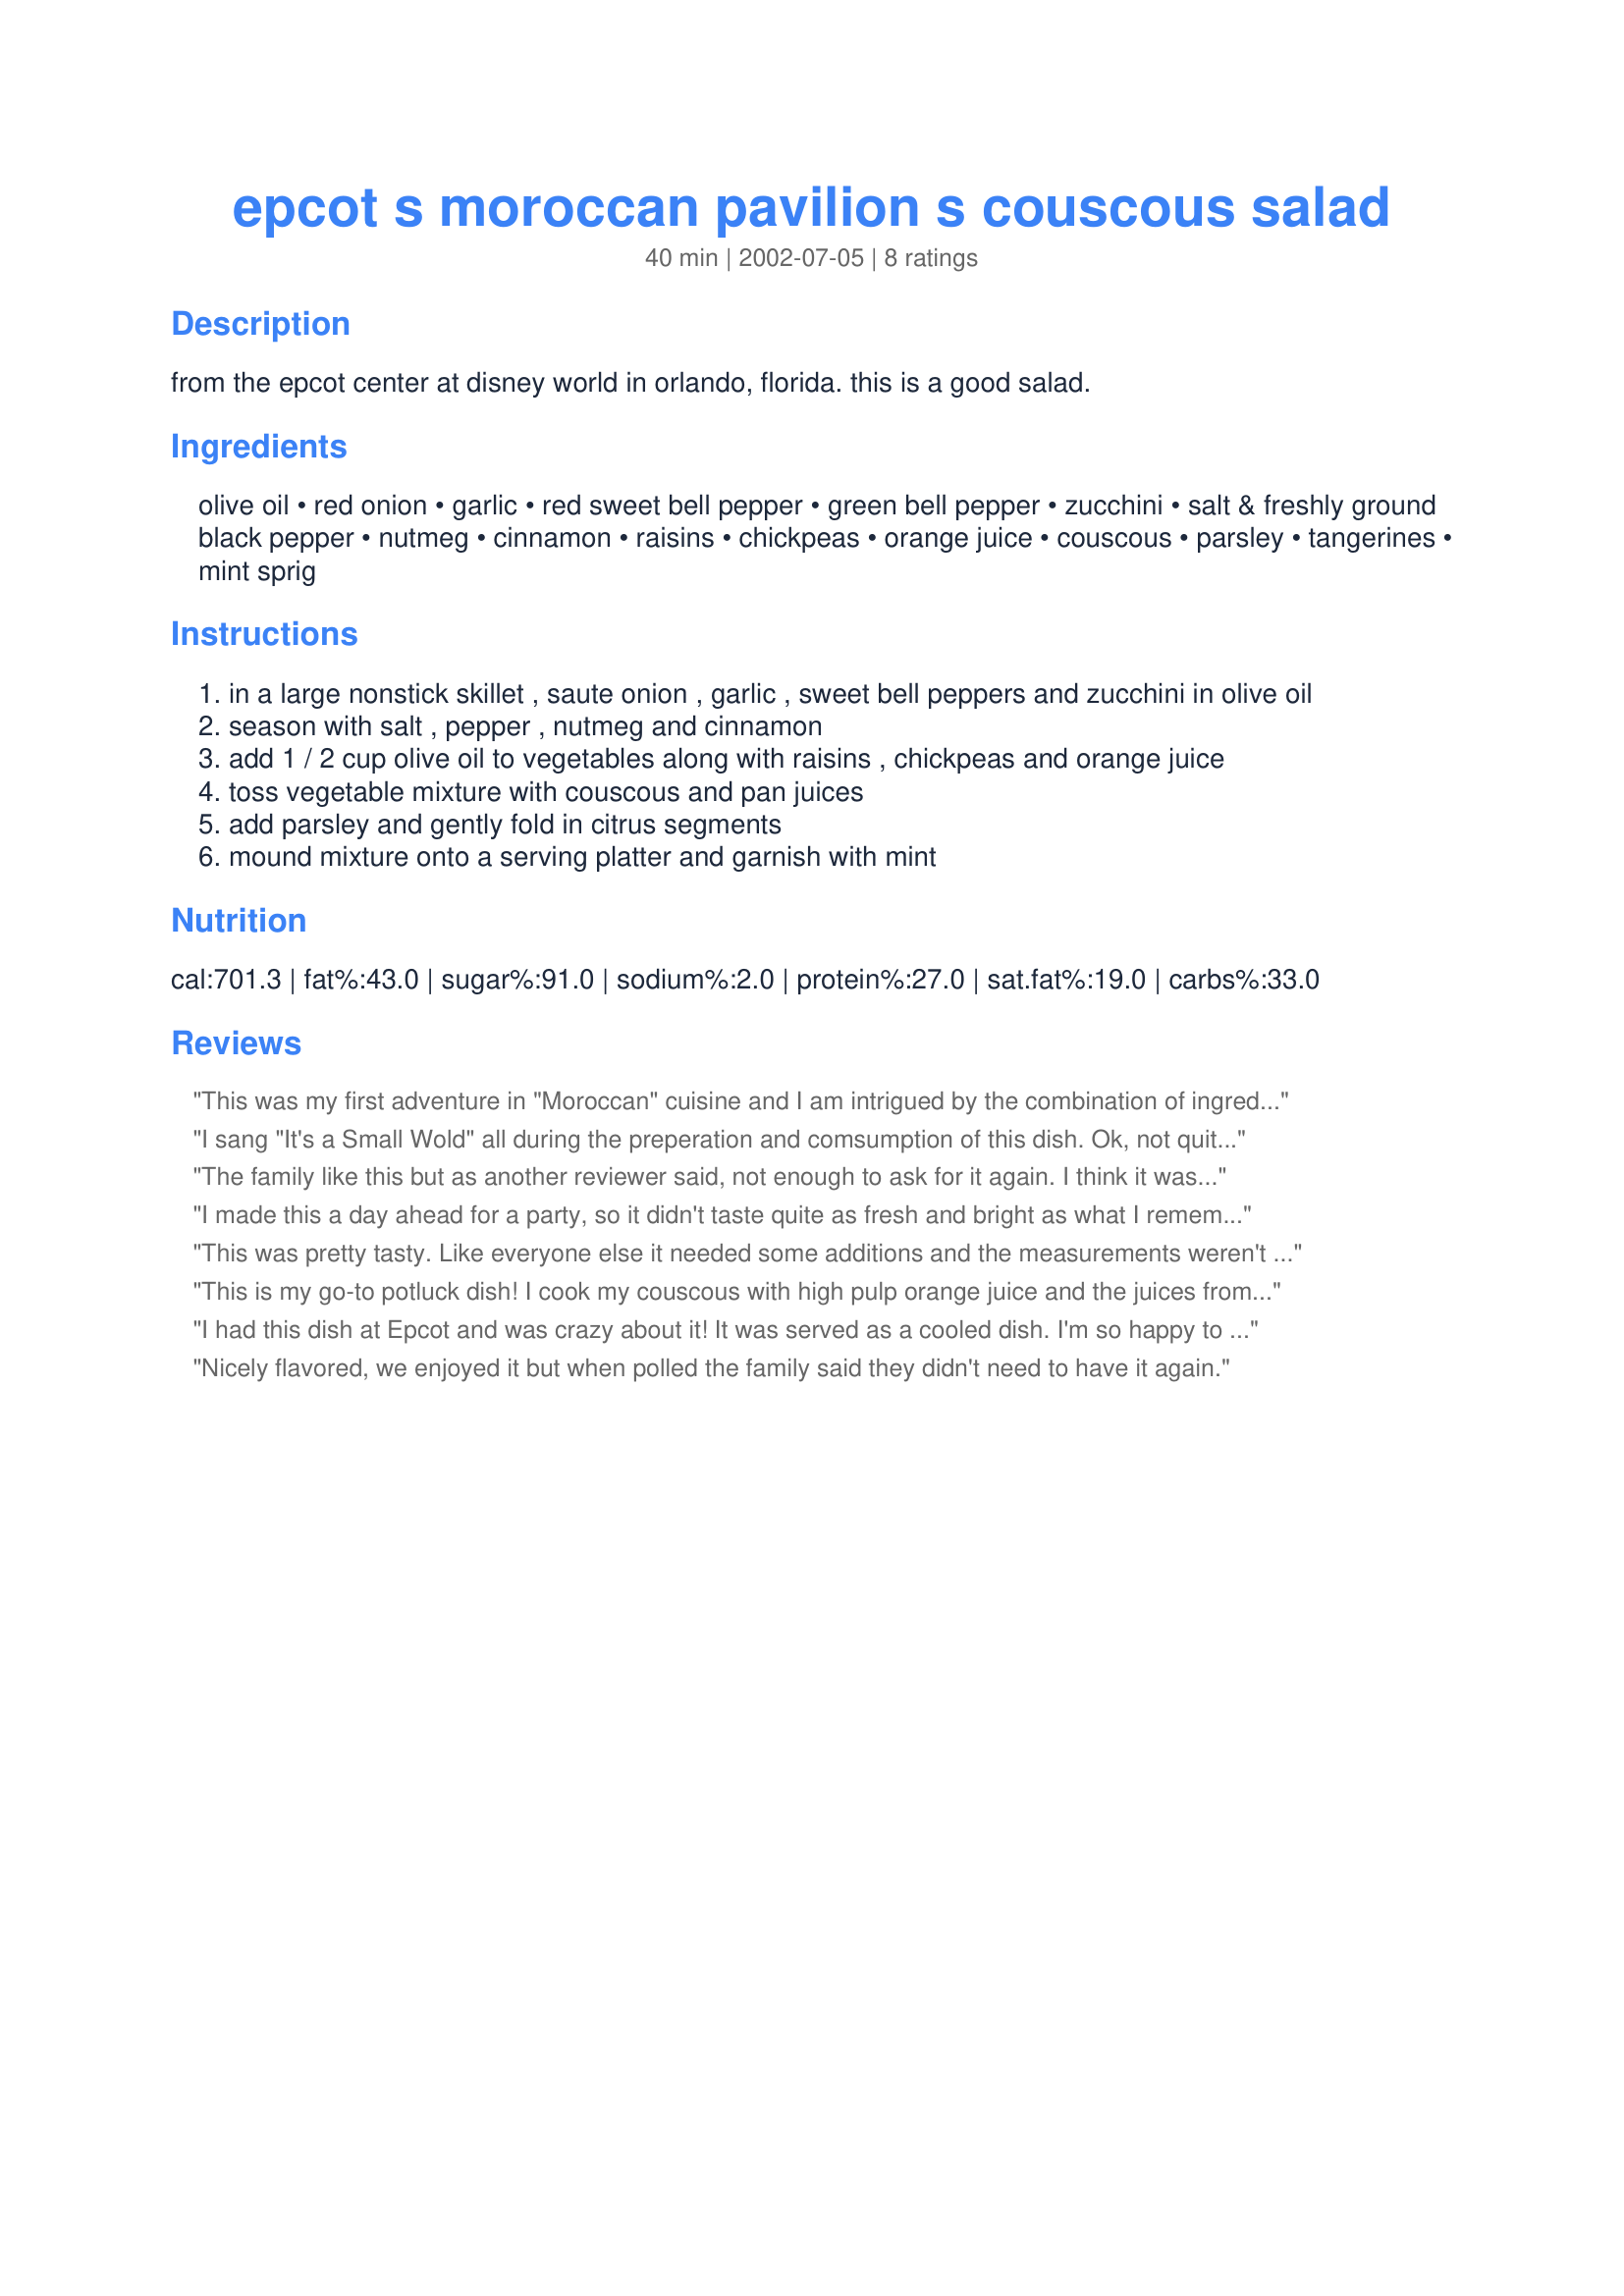
epcot s moroccan pavilion s couscous salad
Preparation time: 40 minutes

from the epcot center at disney world in orlando, florida. this is a good salad.

Ingredients:
olive oil, red onion, garlic, red sweet bell pepper, green bell pepper, zucchini, salt & freshly ground black pepper, nutmeg, cinnamon, raisins, chickpeas, orange juice, couscous, parsley, tangerines, mint sprig

Steps:
in a large nonstick skillet , saute onion , garlic , sweet bell peppers and zucchini in olive oil
season with salt , pepper , nutmeg and cinnamon
add 1 / 2 cup olive oil to vegetables along with raisins , chickpeas and orange juice
toss vegetable mixture with couscous and pan juices
add parsley and gently fold in citrus segments
mound mixture onto a serving platter and garnish with mint

Reviews:
This was my first adventure in "Moroccan" cuisine and I am intrigued by the combination of ingredients. Sweet, savory, crunchy, yet delicate and not overpowering. The amounts for nutmeg and cinnamon are not stated but I added to taste. I would recommend beginning with 1/8 t nutmeg and 1/4 t cinnamon. This got better as it sat and was tastier 24 hours later. I think it would be great with Lebanese Chicken (recipe #34474) but I made them during two seperate weeks so didn't get to taste them as a duo.
I sang "It's a Small Wold" all during the preperation and comsumption of this dish. Ok, not quite, but this was really good. I am a huge Disney fan, we went there last year, and this was my favorite resteraunt and dish there. And I am thrilled to say that is is almost identical in taste to the original. And while my kids initially balked at the veggies in it, the wolfed it down after the first bite, and ezpecially loved the taste of the couscous and fruit. An extremely healthy dish with wonderful taste. It brought back many fond memories of our trip.
The family like this but as another reviewer said, not enough to ask for it again. I think it was a bit labor intesive for the results and a bit too sweet in flavor. It was a very pretty dish though. Also, if you are looking to feed a crowd, this does make quite a bit. We never made it through all of what we had leftover.
I made this a day ahead for a party, so it didn't taste quite as fresh and bright as what I remember from EPCOT, but it was still very good. I used tangerine segments, but I think mandarin oranges might have been better. Either that, or taking the time to cut the membranes off the tangerine would have let it meld better. Overall, quite tasty!
This was pretty tasty. Like everyone else it needed some additions and the measurements weren't given for the cinnamon and nutmeg so I assumed a pinch. Kept adding more till it tasted right. I liked the mixture of flavors of the vegetables but orange segments didn't seem to go with the flavors. I will make it again and just leave that out. Very colorful.
This is my go-to potluck dish! I cook my couscous with high pulp orange juice and the juices from my cans of mandarin orange segments rather than water. This really adds that citrus flavor. Like others have said, I add the nutmeg and cinnamon until it has the right flavor. Sometimes I add ground cloves too. I don't like raisins, so I never add those. To give it more flavor and color, I use red, orange, yellow and green bell peppers. I prefer to heat this up when I eat it, but it's just as good cold.
I had this dish at Epcot and was crazy about it! It was served as a cooled dish. I'm so happy to find this recipe so that I can make it for myself now. Thank you for posting!
Nicely flavored, we enjoyed it but when polled the family said they didn't need to have it again.
